Civil Veterinary Dept. Bombay admin report 1900-1906 - 1900-1906
Year: 1900
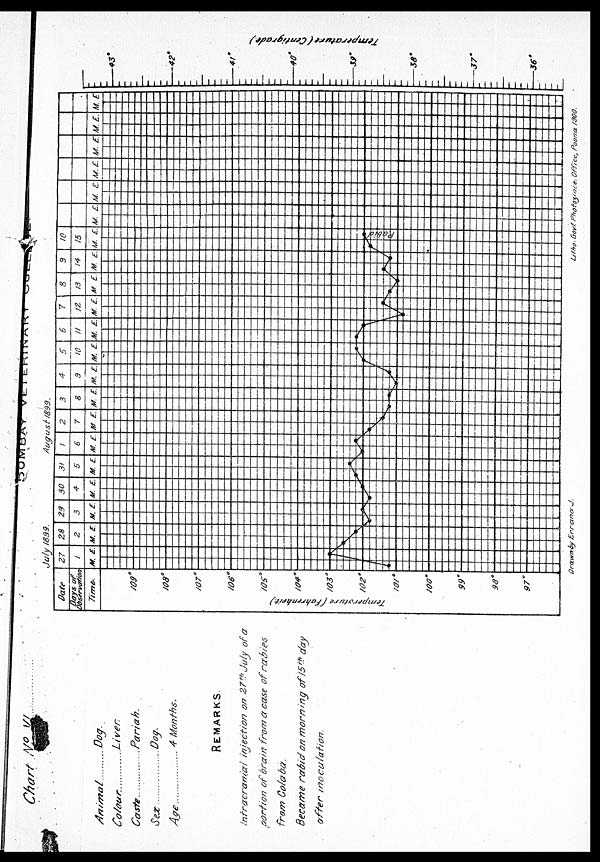
Chart NO VI.
Animal.....
Colour ......
Caste .........
Sex......
Age......
Dog
Liver.
Pariah.
Dog
4 Months.
REMARKS
Intracranial injection on 27 th July of a
portion of drain from a case of rabies
from Colaba.
Became rabid on morning of 15 th day
after
inoculation.